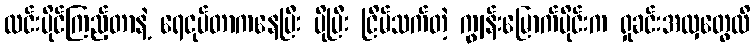
လင်းပိုင်ကြည့်တာနဲ့ ရေငုပ်တာကနေပြီး ပိုပြီး ငြိမ်သက်တဲ့ ကျွန်းမြောက်ပိုင်းက ရှုခင်းအလှတွေထိ